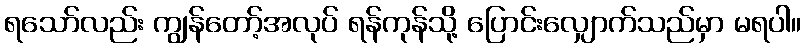
ရသော်လည်း ကျွန်တော့်အလုပ် ရန်ကုန်သို့ ပြောင်းလျှောက်သည်မှာ မရပါ။